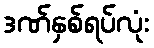
ဒဏ်နှစ်ရပ်လုံး